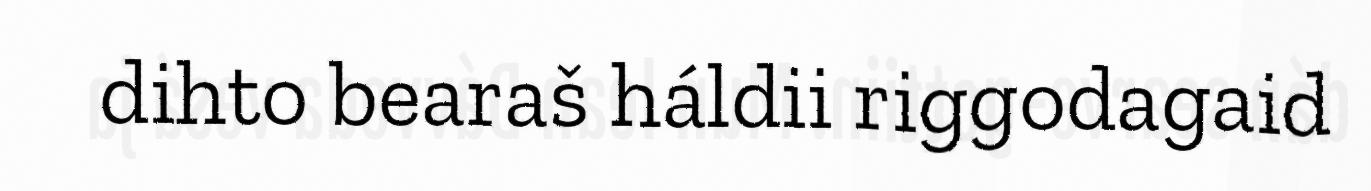
dihto bearaš háldii riggodagaid